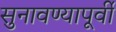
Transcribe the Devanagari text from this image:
सुनावण्यापूर्वी